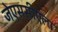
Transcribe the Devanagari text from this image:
जेएससीएला